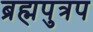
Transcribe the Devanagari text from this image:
ब्रह्मपुत्रप